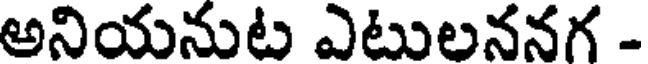
అనియనుట ఎటులననగ -